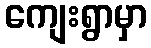
ကျေးရွာမှာ